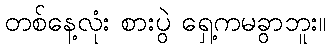
တစ်နေ့လုံး စားပွဲ ရှေ့ကမခွာဘူး။